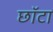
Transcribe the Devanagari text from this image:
छॉटा